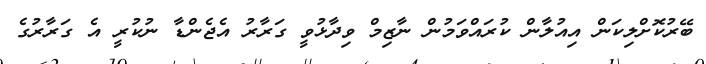
ބޭރުކޮށްލިކަން އިއުލާން ކުރައްވަމުން ނާޒިމް ވިދާޅުވީ ގަރާރު އެޖެންޑާ ނުކުރީ އެ ގަރާރުގެ